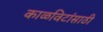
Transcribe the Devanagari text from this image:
काळविटांसाठी